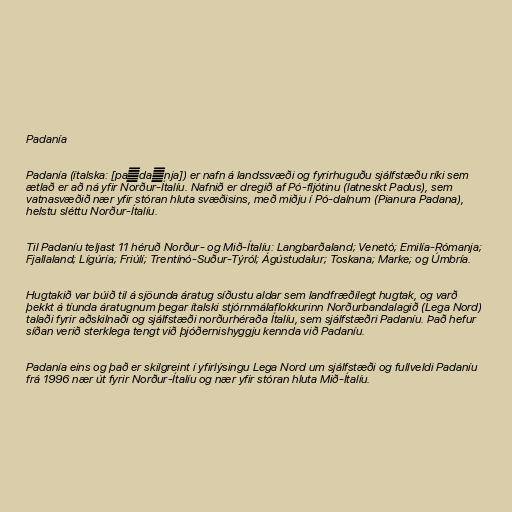
Padanía

Padanía (ítalska: [paˈdaːnja]) er nafn á landssvæði og fyrirhuguðu sjálfstæðu ríki sem
ætlað er að ná yfir Norður-Ítalíu. Nafnið er dregið af Pó-fljótinu (latneskt Padus), sem
vatnasvæðið nær yfir stóran hluta svæðisins, með miðju í Pó-dalnum (Pianura Padana),
helstu sléttu Norður-Ítalíu.

Til Padaníu teljast 11 héruð Norður- og Mið-Ítalíu: Langbarðaland; Venetó; Emilía-Rómanja;
Fjallaland; Lígúría; Friúlí; Trentínó-Suður-Týról; Ágústudalur; Toskana; Marke; og Úmbría.

Hugtakið var búið til á sjöunda áratug síðustu aldar sem landfræðilegt hugtak, og varð
þekkt á tíunda áratugnum þegar ítalski stjórnmálaflokkurinn Norðurbandalagið (Lega Nord)
talaði fyrir aðskilnaði og sjálfstæði norðurhéraða Ítalíu, sem sjálfstæðri Padaníu. Það hefur
síðan verið sterklega tengt við þjóðernishyggju kennda við Padaníu.

Padanía eins og það er skilgreint í yfirlýsingu Lega Nord um sjálfstæði og fullveldi Padaníu
frá 1996 nær út fyrir Norður-Ítalíu og nær yfir stóran hluta Mið-Ítalíu.